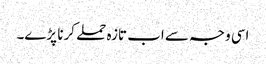
اسی وجہ سے اب تازہ حملے کرنا پڑے۔